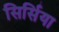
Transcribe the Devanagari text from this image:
सिर्सिया